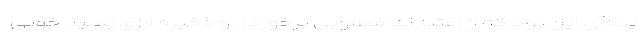
یده‌آل این بود که از اعتبارات مطلوبی برخوردار و ذخیره ارزی بسیار خوبی